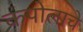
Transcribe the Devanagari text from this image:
कपोलाचे